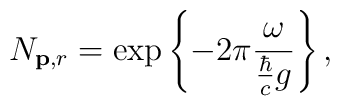
N_{{\bf p},r}=\exp\left\{-2\pi\frac{\omega}{\frac{\hbar}{c}g}\right\},